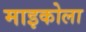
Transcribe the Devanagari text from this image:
माइकोला